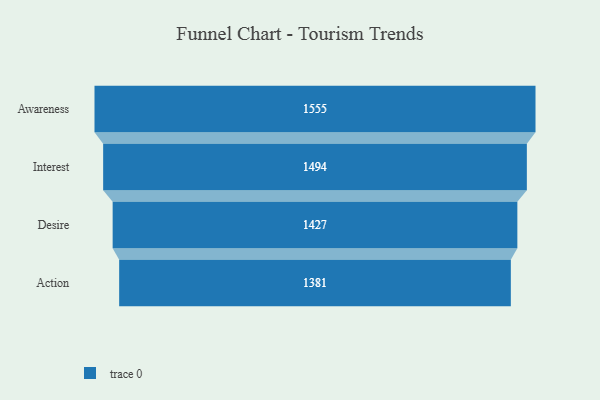
{"axis": {"x": "Stage", "y": "Value"}, "legend": [""], "data": [{"x": "Awareness", "y": 1555.0, "type": ""}, {"x": "Interest", "y": 1494.0, "type": ""}, {"x": "Desire", "y": 1427.0, "type": ""}, {"x": "Action", "y": 1381.0, "type": ""}]}